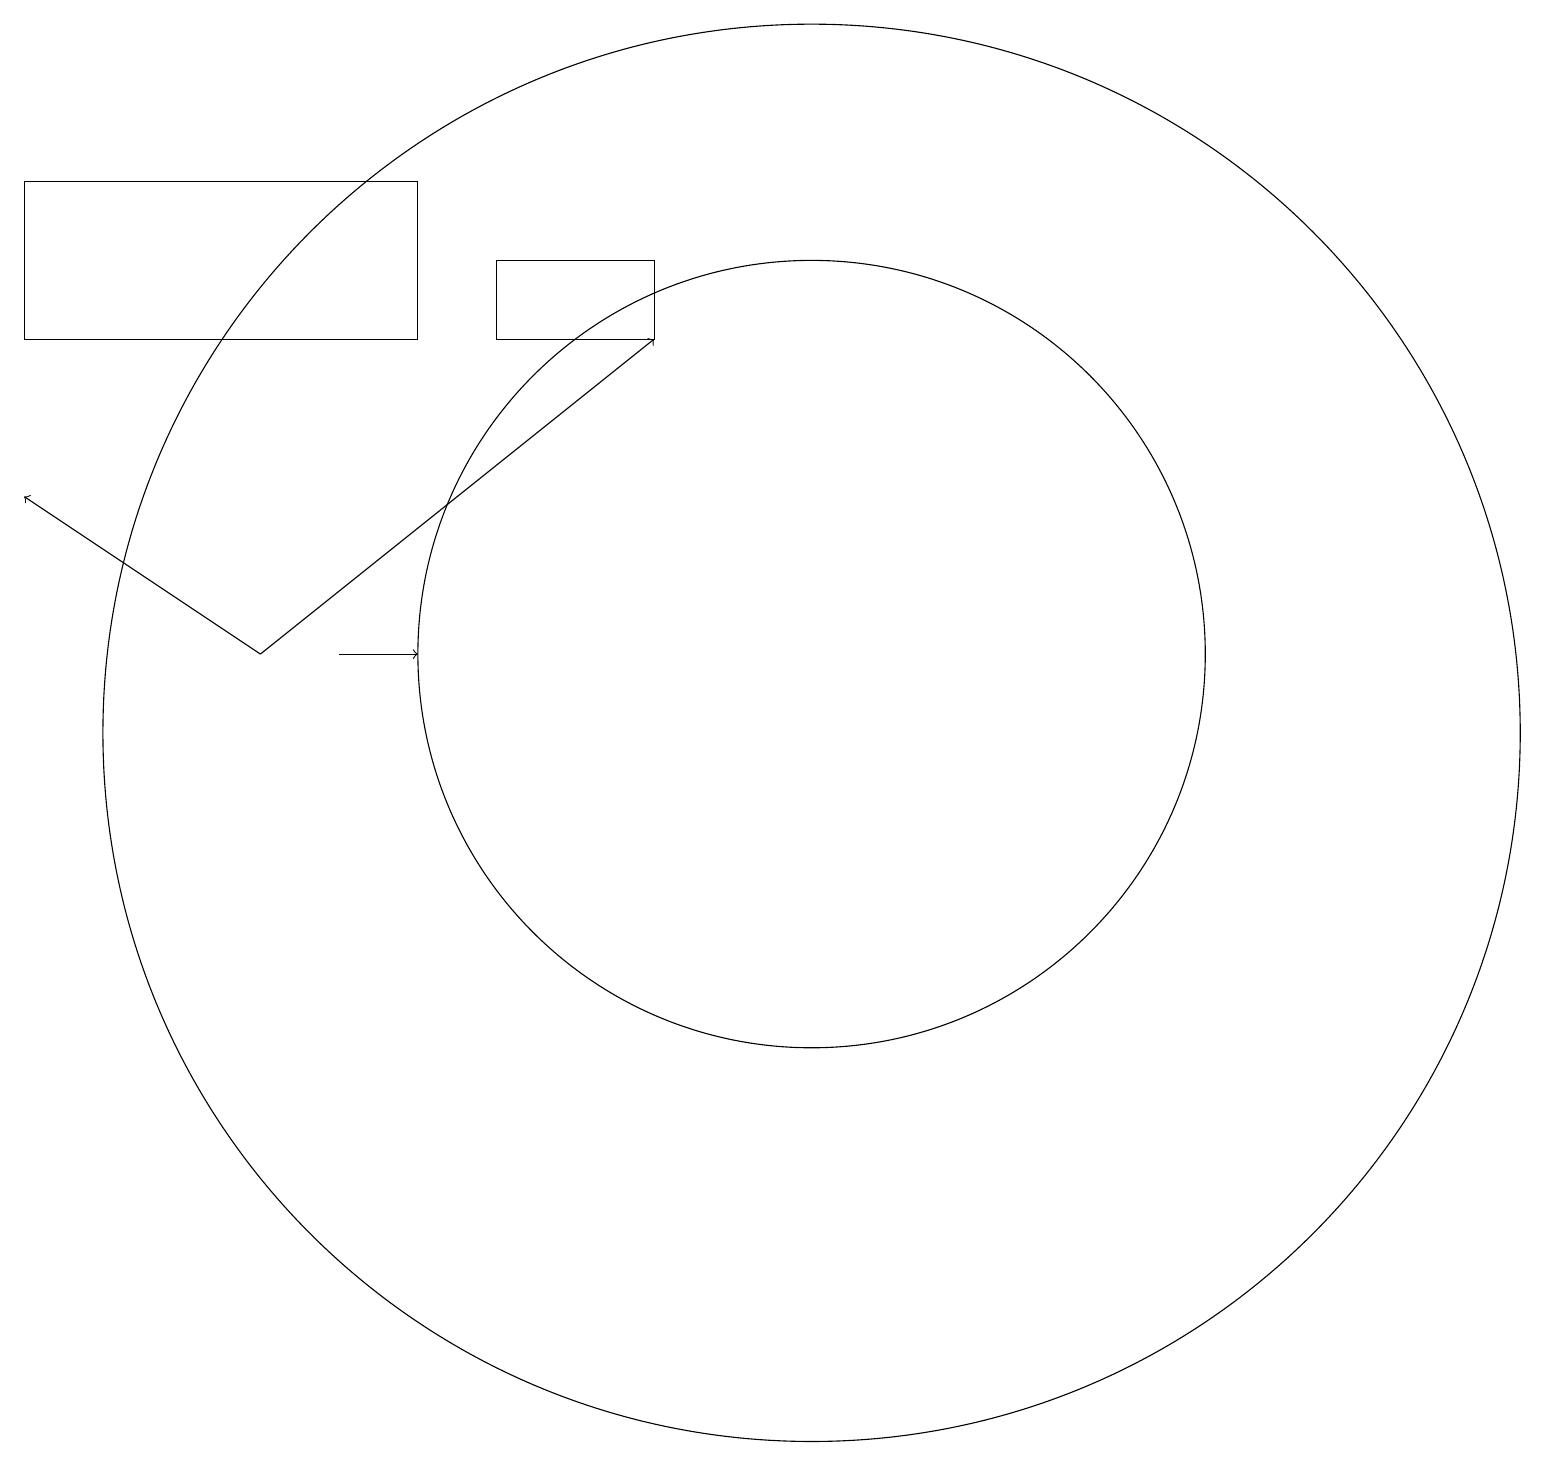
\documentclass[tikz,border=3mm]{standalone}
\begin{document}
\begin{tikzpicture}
\draw (5,16) rectangle (0,18);
\draw[->] (3,12) -- (0,14);
\draw[->] (4,12) -- (5,12);
\draw[->] (3,12) -- (8,16);
\draw (10,12) circle (5);
\draw (10,11) circle (9);
\draw (6,16) rectangle (8,17);
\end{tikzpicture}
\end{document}